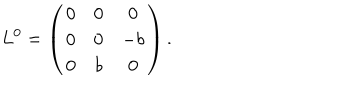
LaTeX: L ^ { 0 } = \left( \begin{array} { c c c } { { 0 } } & { { 0 } } & { { 0 } } \\ { { 0 } } & { { 0 } } & { { - b } } \\ { { 0 } } & { { b } } & { { 0 } } \\ \end{array} \right) .